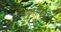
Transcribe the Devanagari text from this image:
आकृतिधारी